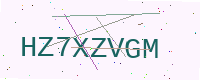
Text: HZ7XZVGM